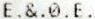
E.&.0.E.